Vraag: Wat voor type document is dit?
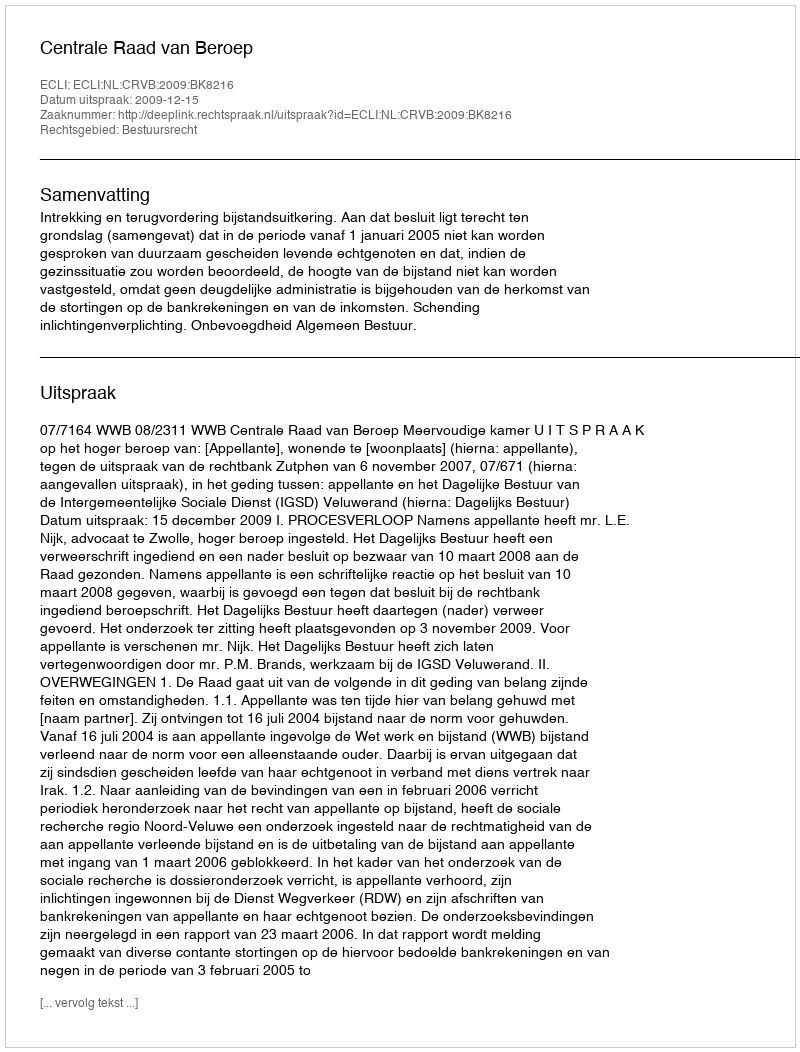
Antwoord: Uitspraak